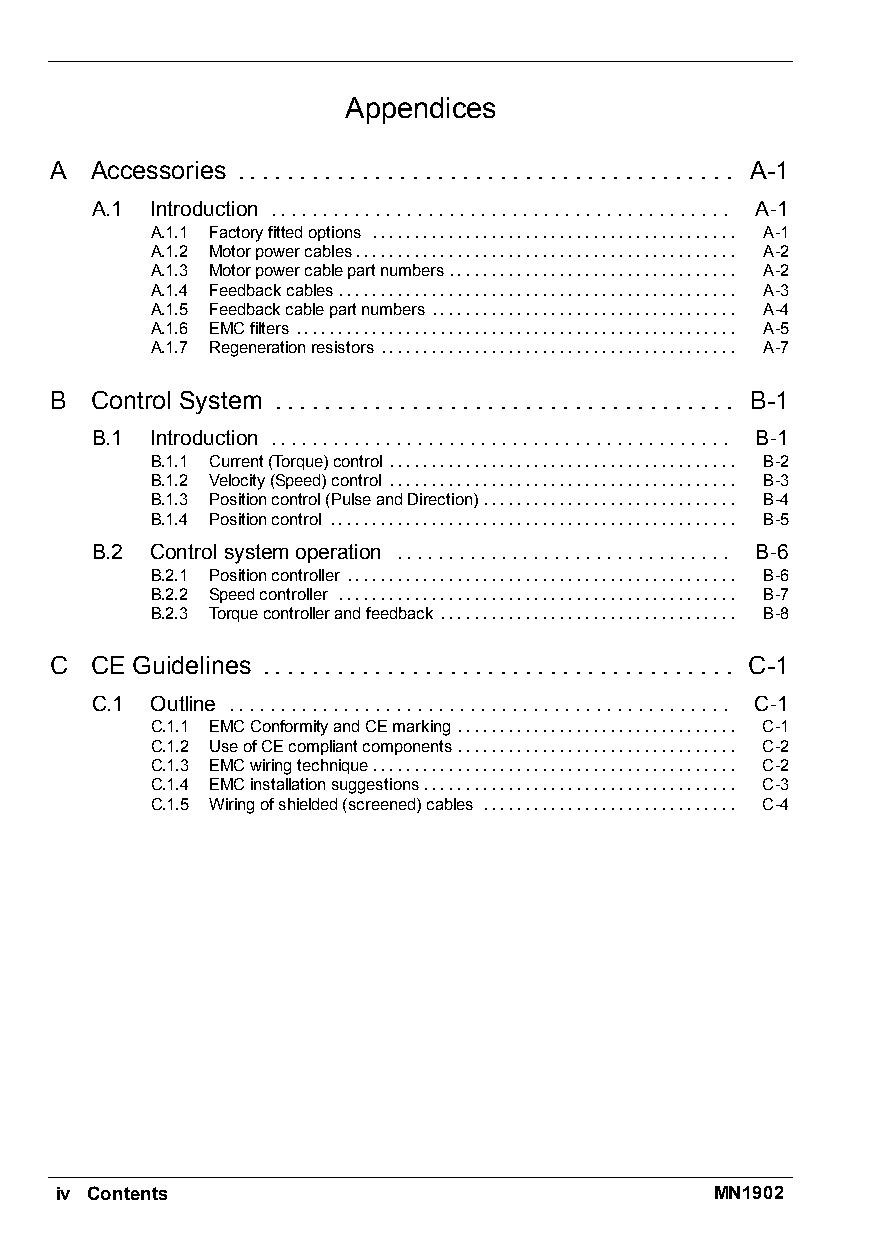
Appendices
 A  Accessories ........................................ A-1
 A.1 Introduction ............................................ A-1
 A.1.1 Factoryfittedoptions ........................................... A-1
 A.1.2 Motorpowercables............................................. A-2
 A.1.3 Motorpowercablepartnumbers.................................. A-2
 A.1.4 Feedbackcables............................................... A-3
 A.1.5 Feedbackcablepartnumbers .................................... A-4
 A.1.6 EMCfilters .................................................... A-5
 A.1.7 Regenerationresistors .......................................... A-7
 B  Control System ..................................... B-1
 B.1 Introduction ............................................ B-1
 B.1.1 Current(Torque)control ......................................... B-2
 B.1.2 Velocity(Speed)control ......................................... B-3
 B.1.3 Positioncontrol(PulseandDirection).............................. B-4
 B.1.4 Positioncontrol ................................................ B-5
 B.2 Controlsystemoperation ................................ B-6
 B.2.1 Positioncontroller .............................................. B-6
 B.2.2 Speedcontroller ............................................... B-7
 B.2.3 Torquecontrollerandfeedback ................................... B-8
 C  CE Guidelines ...................................... C-1
 C.1 Outline ................................................ C-1
 C.1.1 EMCConformityandCEmarking ................................. C-1
 C.1.2 UseofCEcompliantcomponents ................................. C-2
 C.1.3 EMCwiringtechnique........................................... C-2
 C.1.4 EMCinstallationsuggestions..................................... C-3
 C.1.5 Wiringofshielded(screened)cables .............................. C-4
 iv Contents                                MN1902